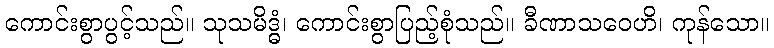
ကောင်းစွာပွင့်သည်။ သုသမိဒ္ဓံ၊ ကောင်းစွာပြည့်စုံသည်။ ခီဏာသဝေဟိ၊ ကုန်သော။